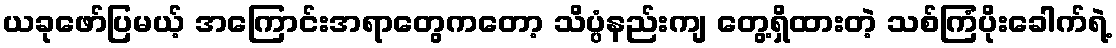
ယခုဖော်ပြမယ့် အကြောင်းအရာတွေကတော့ သိပ္ပံနည်းကျ တွေ့ရှိထားတဲ့ သစ်ကြံပိုးခေါက်ရဲ့